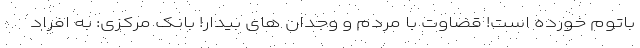
باتوم خورده است! قضاوت با مردم و وجدان های بیدار! بانک مرکزی: به افراد